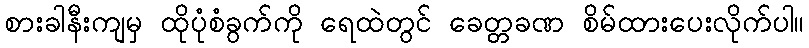
စားခါနီးကျမှ ထိုပုံစံခွက်ကို ရေထဲတွင် ခေတ္တခဏ စိမ်ထားပေးလိုက်ပါ။